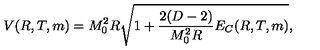
V ( R , T , m ) = M _ { 0 } ^ { 2 } R \sqrt { 1 + \frac { 2 ( D - 2 ) } { M _ { 0 } ^ { 2 } R } E _ { C } ( R , T , m ) } { , }